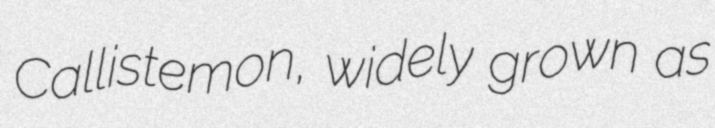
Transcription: Callistemon, widely grown as